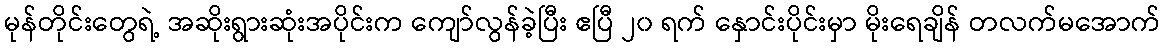
မုန်တိုင်းတွေရဲ့ အဆိုးရွားဆုံးအပိုင်းက ကျော်လွန်ခဲ့ပြီး ဧပြီ ၂၀ ရက် နှောင်းပိုင်းမှာ မိုးရေချိန် တလက်မအောက်